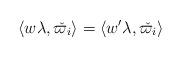
LaTeX: \begin{align*}\langle w\lambda,\check{\varpi_i}\rangle=\langle w'\lambda, \check{\varpi_i}\rangle\end{align*}